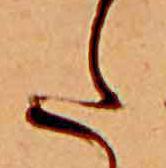
た